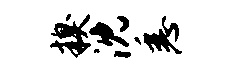
糗沈悉